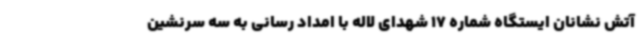
آتش نشانان ایستگاه شماره 17 شهدای لاله با امداد رسانی به سه سرنشین